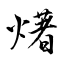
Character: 𤏸